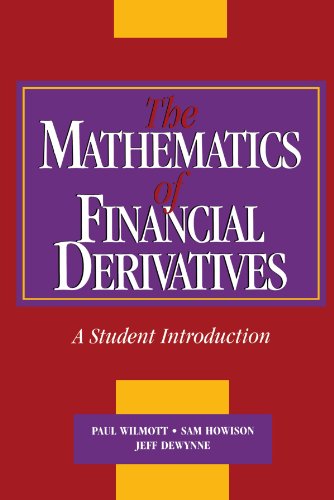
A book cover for The Mathematics of Financial Derivatives: A Student Introduction; Paul Wilmott; Science & Math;